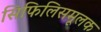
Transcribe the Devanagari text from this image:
सिफिलिसमूलक